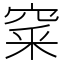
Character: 𥦓